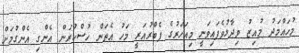
މުހައްމަދު މުއިޒު ވިދާޅުވެފައިވަނީ މިއަހަރުގެ ފެބްރުއަރީ މަހު އެތަން ހުސްކުރަން އެންގި އެންގުމަށް